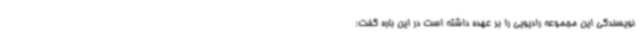
نویسندگی این مجموعه رادیویی را بر عهده داشته است در این باره گفت: